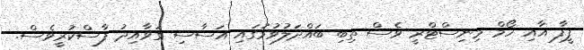
ފީފާ އާއި ހޯމް މިނިސްޓްރީ ވެސް ތިބި ބައްދަލުވުމުގައި އަސާސި ގަވާއިދު ފާސްކުރީވެސް.